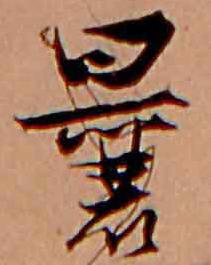
曩